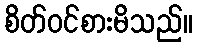
စိတ်ဝင်စားမိသည်။